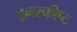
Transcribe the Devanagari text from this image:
इनस्क्रीप्ट